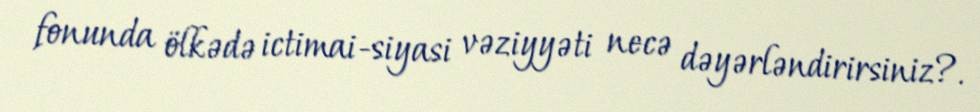
fonunda ölkədə ictimai-siyasi vəziyyəti necə dəyərləndirirsiniz?.